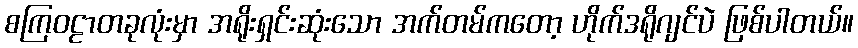
စကြဝဠာတခုလုံးမှာ အရိုးရှင်းဆုံးသော အက်တမ်ကတော့ ဟိုက်ဒရိုဂျင်ပဲ ဖြစ်ပါတယ်။